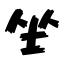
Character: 坐